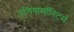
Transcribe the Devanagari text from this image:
एलियामॉनिटर्स